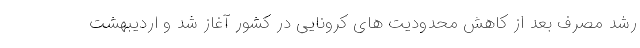
رشد مصرف بعد از کاهش محدودیت های کرونایی در کشور آغاز شد و اردیبهشت